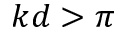
k d > \pi